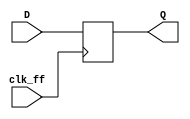
`timescale 1ns / 1ps
//////////////////////////////////////////////////////////////////////////////////
// Company: 
// Engineer: 
// 
// Design Name: 
// Module Name: dual_ff
// Project Name: 
// Target Devices: 
// Tool Versions: 
// Description: 
// 
// Dependencies: 
// 
// Revision:
// Revision 0.01 - File Created
// Additional Comments:
// 
//////////////////////////////////////////////////////////////////////////////////
module ff (
    input clk_ff,
    input D,
    output reg Q = 0
    );
    
    always @(posedge clk_ff)
    begin
        Q <= D;
    end
endmodule

module dual_ff(
    input clk_ff,
    input D,
    output Q
    );
    
    wire dff;
    
    ff _ff1(
        .clk_ff(clk_ff),
        .D(D),
        .Q(dff)
    );
    ff _ff2(
        .clk_ff(clk_ff),
        .D(dff),
        .Q(Q)
    );
    
endmodule